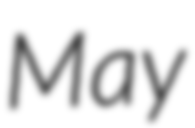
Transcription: May